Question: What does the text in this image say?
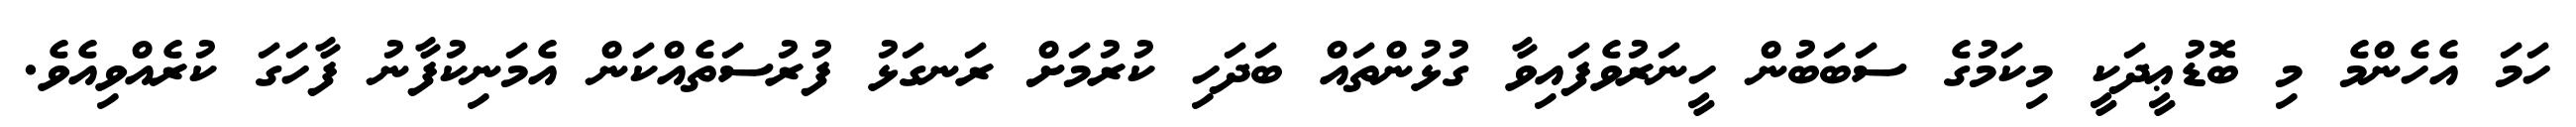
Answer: ހަމަ އެހެންމެ މި ބޮޑުޢީދަކީ މިކަމުގެ ސަބަބުން ހީނަރުވެފައިވާ ގުޅުންތައް ބަދަހި ކުރުމަށް ރަނގަޅު ފުރުސަތެއްކަން އެމަނިކުފާނު ފާހަގަ ކުރެއްވިއެވެ.